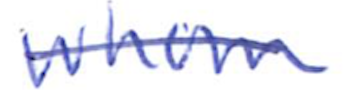
Text: whom
Cross-out: single-line
Writing tool: ballpoint